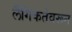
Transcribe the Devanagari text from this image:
लैंगिकतेवरून